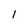
Character: 1